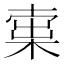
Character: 𣕿